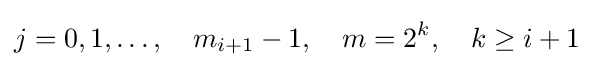
j=0,1,\dots ,\quad m_{i+1}-1,\quad m=2^{k},\quad k\geq i+1